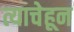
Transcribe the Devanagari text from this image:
त्याचेहून